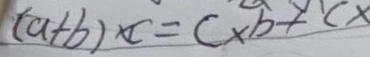
( a + b ) \times c = c \times b + c \times